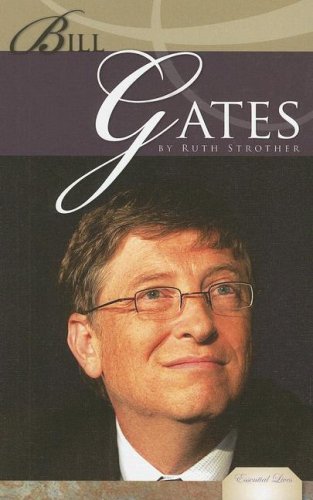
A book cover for Bill Gates (Essential Lives); Ruth Strother; Children's Books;